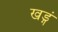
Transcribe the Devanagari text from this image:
खड्गं